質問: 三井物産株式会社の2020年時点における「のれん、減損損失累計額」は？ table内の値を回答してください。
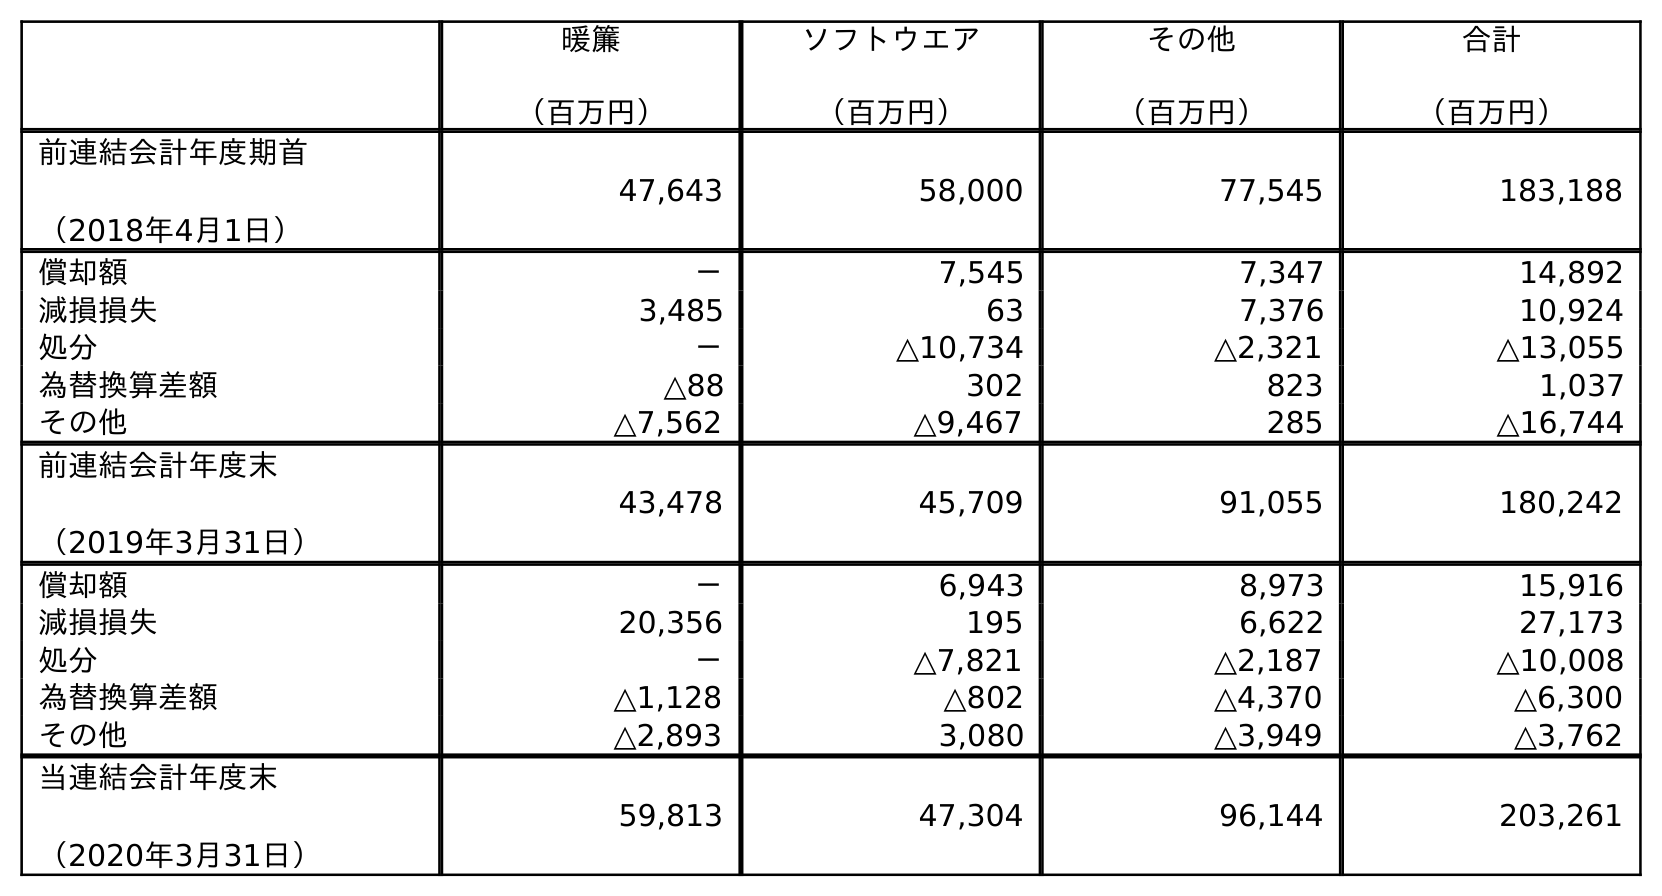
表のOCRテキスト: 暖簾 （百万円） ソフトウエア （百万円） その他 （百万円） 合計 （百万円） 前連結会計年度期首 （2018年4月1日） 47,643 58,000 77,545 183,188 償却額 － 7,545 7,347 14,892 減損損失 3,485 63 7,376 10,924 処分 － △10,734 △2,321 △13,055 為替換算差額 △88 302 823 1,037 その他 △7,562 △9,467 285 △16,744 前連結会計年度末 （2019年3月31日） 43,478 45,709 91,055 180,242 償却額 － 6,943 8,973 15,916 減損損失 20,356 195 6,622 27,173 処分 － △7,821 △2,187 △10,008 為替換算差額 △1,128 △802 △4,370 △6,300 その他 △2,893 3,080 △3,949 △3,762 当連結会計年度末 （2020年3月31日） 59,813 47,304 96,144 203,261
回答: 59,813